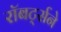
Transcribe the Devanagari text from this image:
रॉबर्ट्सने